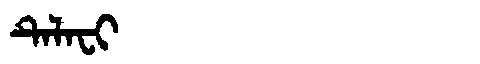
Manchu: ᡨᡝᠯᠠᠸᡳ
Romanization: TELAFI